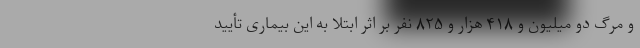
و مرگ دو میلیون و ۴۱۸ هزار و ۸۲۵ نفر بر اثر ابتلا به این بیماری تأیید